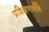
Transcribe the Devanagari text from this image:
प्रशिक्षणार्थीने